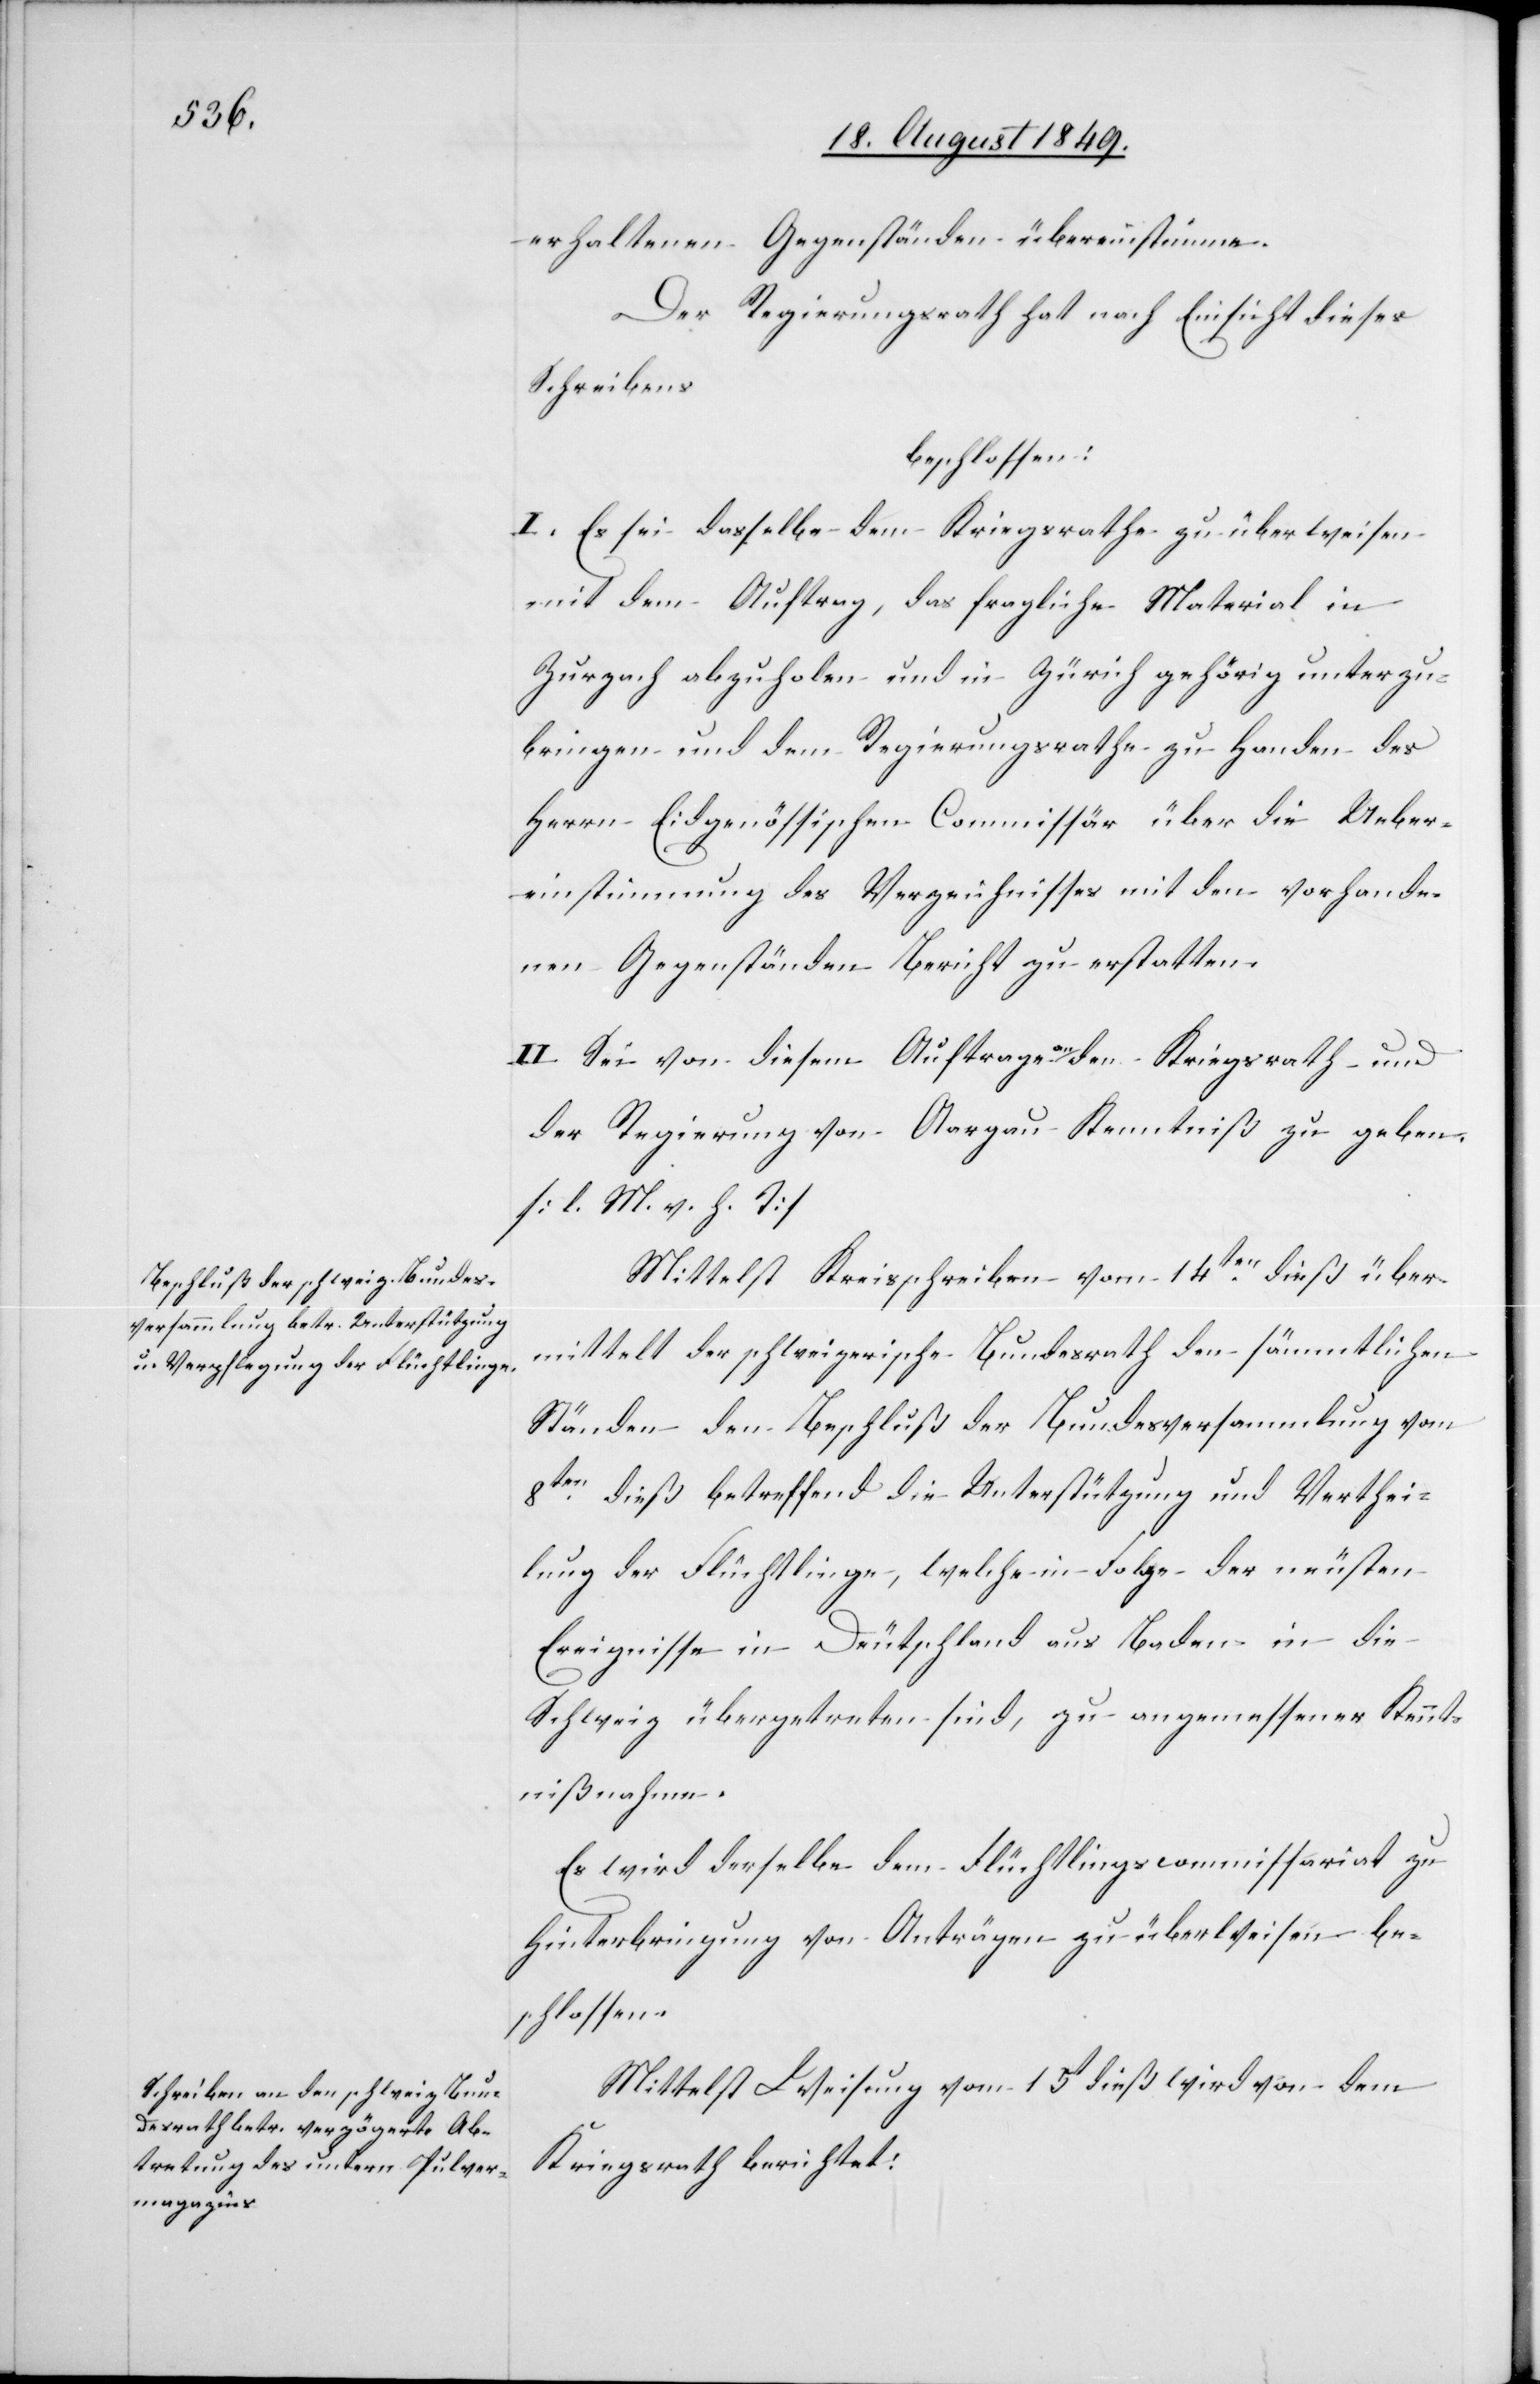
erhaltenen Gegenständen übereinstimme.
Der Regierungsrath hat nach Einsicht dieses
Schreibens
beschlossen:
I. Es sei dasselbe dem Kriegsrathe zu überweisen
mit dem Auftrag, das fragliche Material in
Zurzach abzuholen und in Zürich gehörig unterzu¬
bringen und dem Regierungsrathe zu Handen des
Herrn Eidgenössischen Commissär über die Ueber¬
einstimmung des Verzeichnisses mit den vorhande¬
nen Gegenständen Bericht zu erstatten.
II. Sei von diesem Auftrage an den Kriegsrath und
der Regierung von Aargau Kenntniß zu geben.
[l. M. v. h. T]
Mittelst Kreisschreiben vom 14ten dieß über¬
mittelt der schweizerische Bundesrath den sämmtlichen
Ständen den Beschluß der Bundesversammlung vom
8ten dieß betreffend die Unterstützung und Verthei¬
lung der Flüchtlinge, welche in Folge der neusten
Ereignisse in Deutschland aus Baden in die
Schweiz übergetreten sind, zu angemessener Kennt¬
nißnahme.
Es wird derselbe dem Flüchtlingscommissariat zu
Hinterbringung von Anträgen zu überweisen be¬
schlossen.
Mittelst Weisung vom 15t dieß wird von dem
Kriegsrath berichtet: